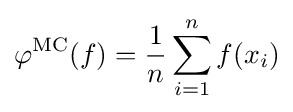
\varphi ^{\mathop {\rm {MC}} }(f)={\frac {1}{n}}\sum _{i=1}^{n}f(x_{i})